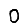
Digit: 0